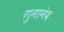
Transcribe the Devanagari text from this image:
गुनानंद